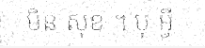
មិន សុខ ។ បុ អ្វី